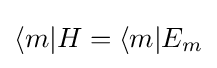
\langle m|H=\langle m|E_{m}